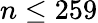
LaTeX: n\leq 259